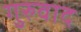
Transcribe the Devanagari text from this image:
गुरुवाद